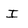
Character: I